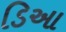
ડિઆ